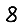
Digit: 8